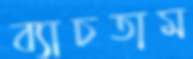
ব্যাচতাম